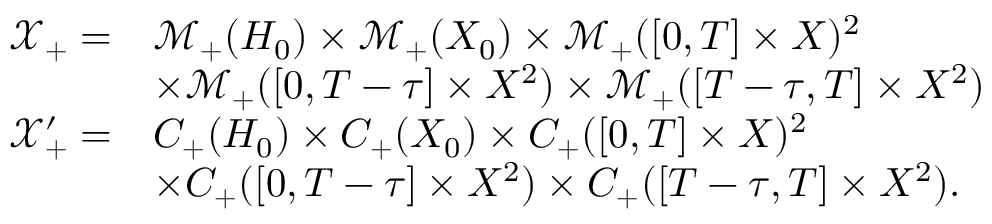
\begin{array} { r l } { \mathcal { X } _ { + } = } & { \mathcal { M } _ { + } ( H _ { 0 } ) \times \mathcal { M } _ { + } ( X _ { 0 } ) \times \mathcal { M } _ { + } ( [ 0 , T ] \times X ) ^ { 2 } } \\ & { \times \mathcal { M } _ { + } ( [ 0 , T - \tau ] \times X ^ { 2 } ) \times \mathcal { M } _ { + } ( [ T - \tau , T ] \times X ^ { 2 } ) } \\ { \mathcal { X } _ { + } ^ { \prime } = } & { C _ { + } ( H _ { 0 } ) \times C _ { + } ( X _ { 0 } ) \times C _ { + } ( [ 0 , T ] \times X ) ^ { 2 } } \\ & { \times C _ { + } ( [ 0 , T - \tau ] \times X ^ { 2 } ) \times C _ { + } ( [ T - \tau , T ] \times X ^ { 2 } ) . } \end{array}